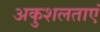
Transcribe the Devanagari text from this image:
अकुशलताएं